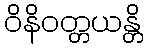
ဝိနိဝတ္တယန္တိ